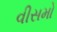
વીસમો